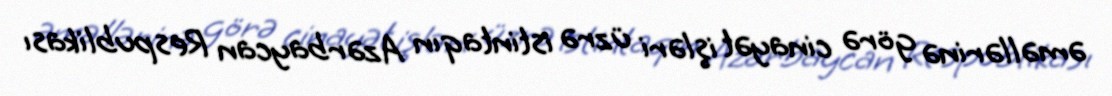
əməllərinə görə cinayət işləri üzrə istintaqın Azərbaycan Respublikası